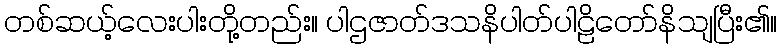
တစ်ဆယ့်လေးပါးတို့တည်း။ ပါဌဇာတ်ဒသနိပါတ်ပါဠိတော်နိသျပြီး၏။